65_HS1-834228961_62-HQ-83894_SUB_A
Agency: FBI
Page 1
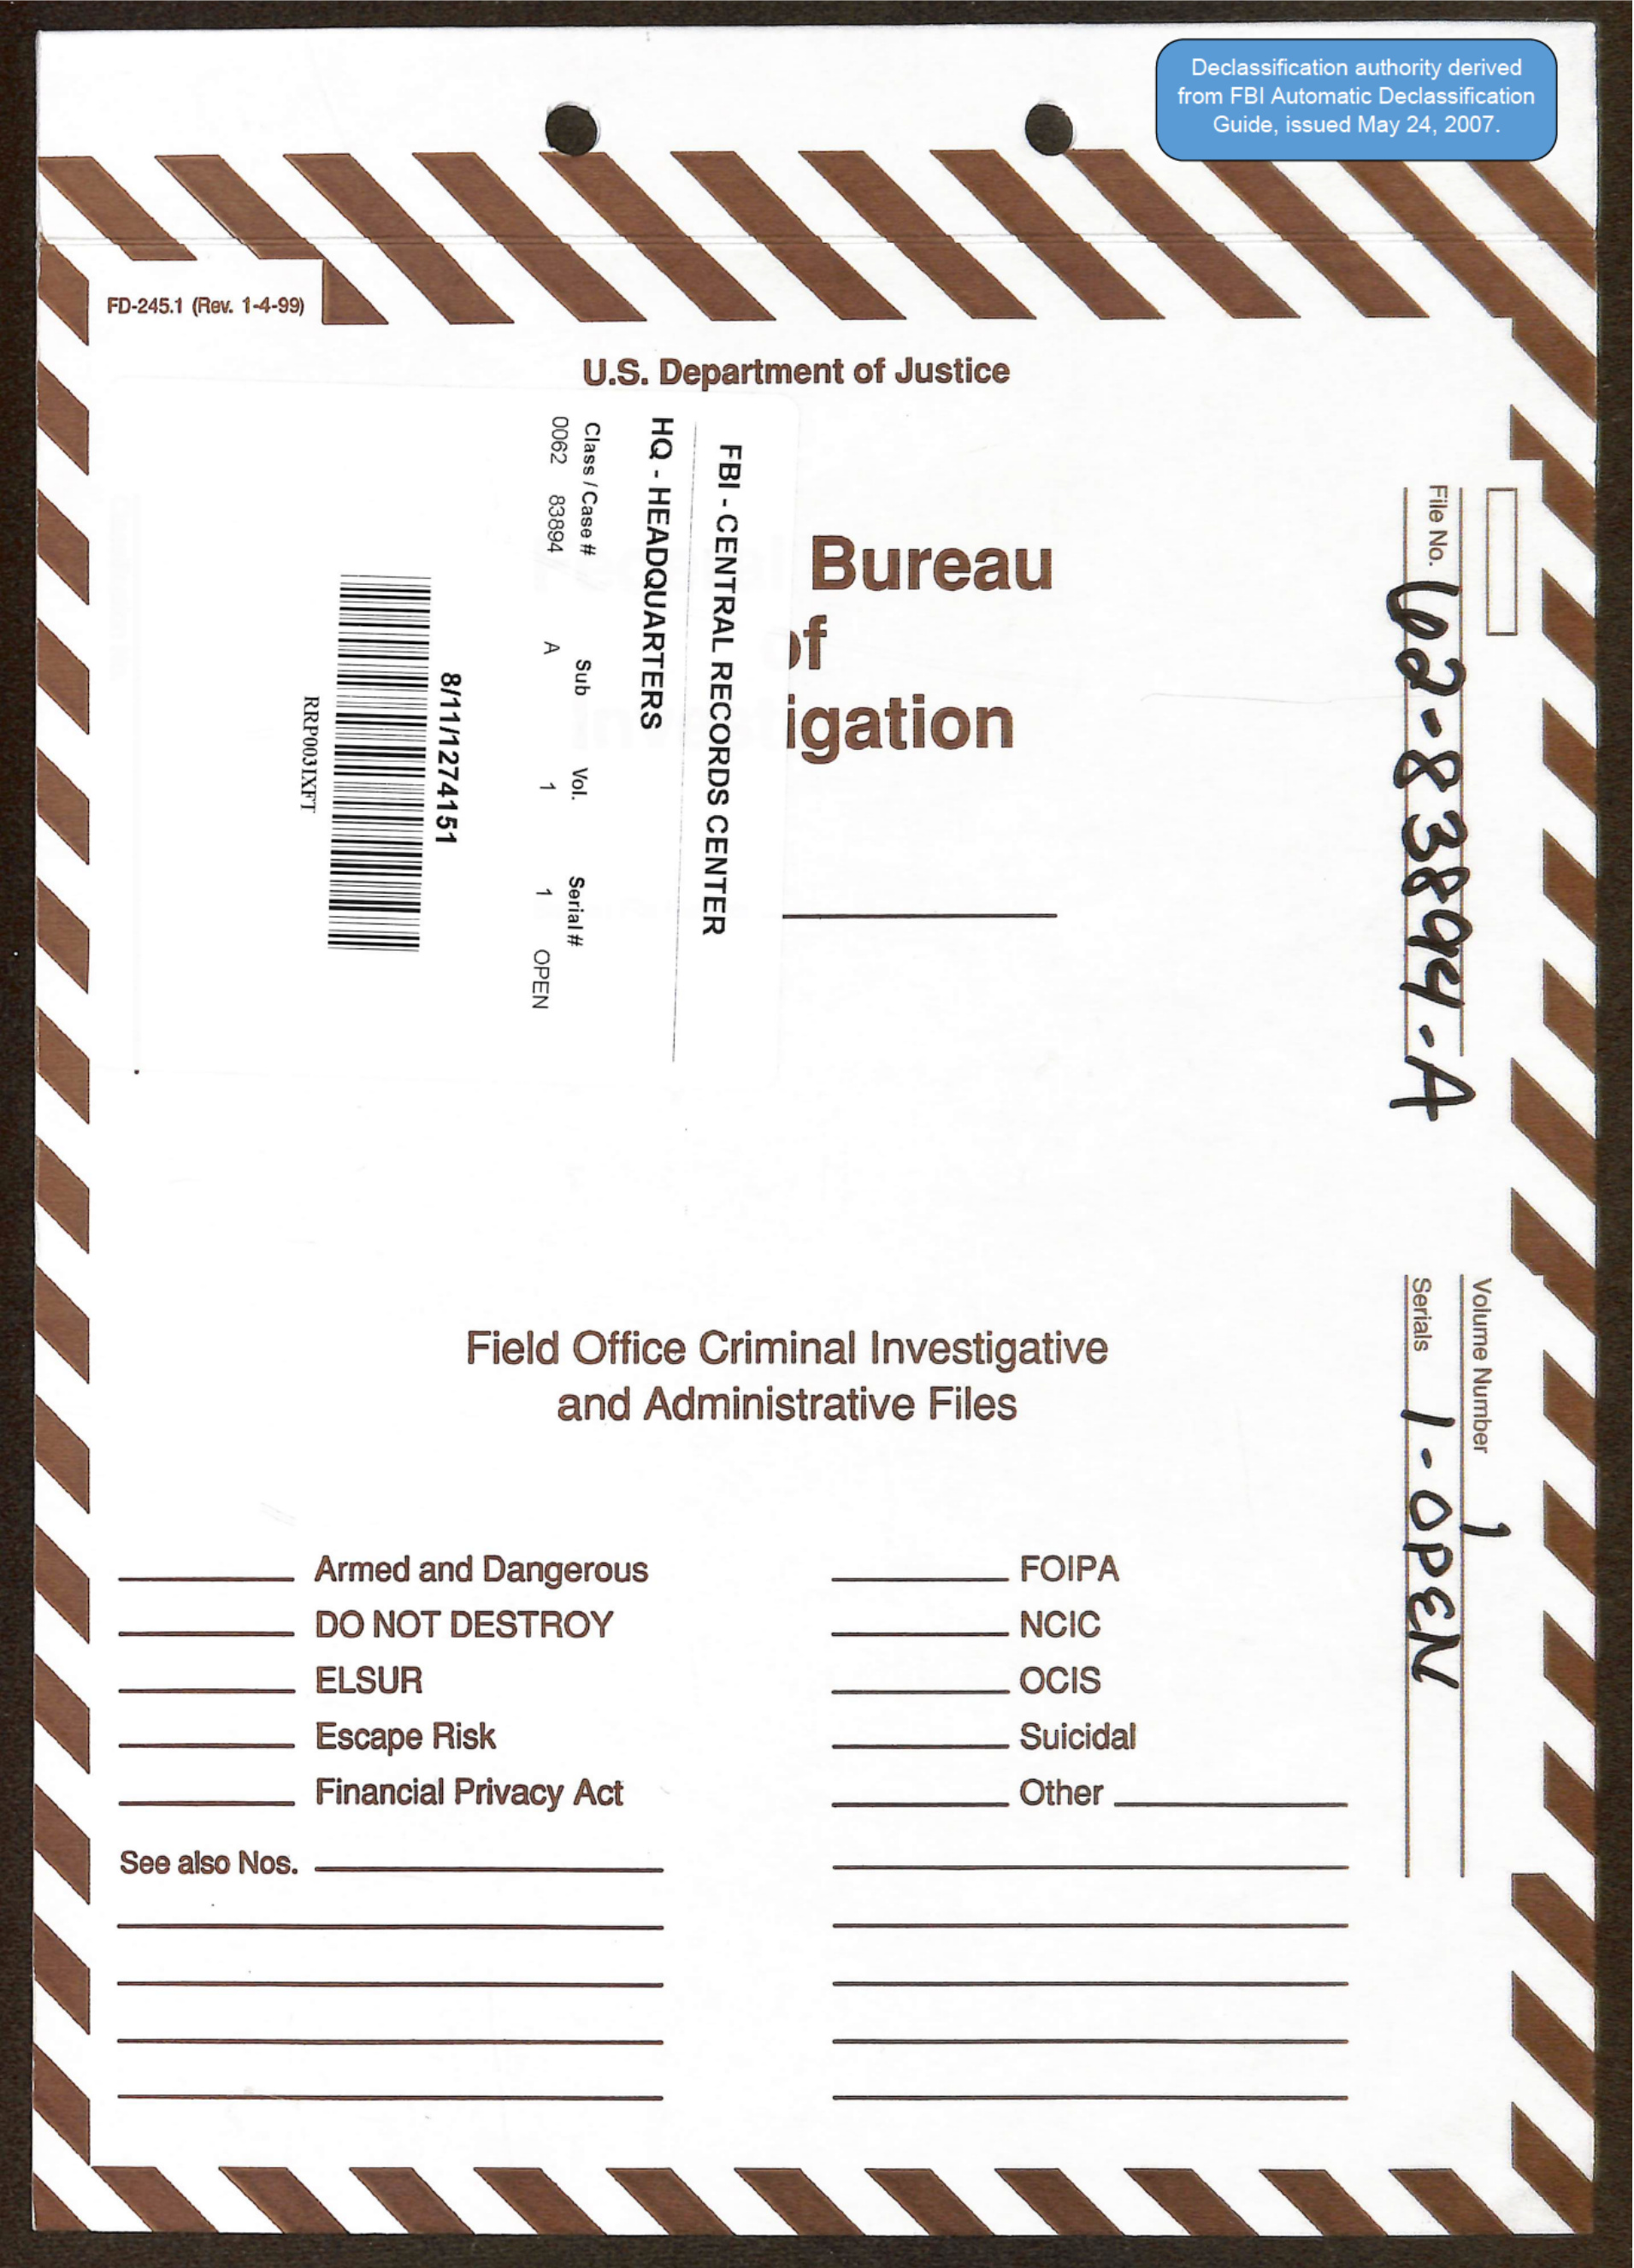